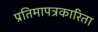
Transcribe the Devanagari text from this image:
प्रतिमापत्रकारिता